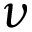
\nu